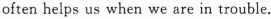
often helps us when we are in trouble.